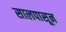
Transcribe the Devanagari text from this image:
सालपासून